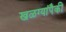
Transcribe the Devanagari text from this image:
खळग्यांपैकी